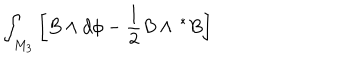
LaTeX: \int _ { M _ { 3 } } \left[ B \wedge d \phi - \frac 1 2 B \wedge \, ^ { * } B \right]